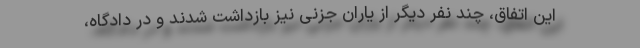
این اتفاق، چند نفر دیگر از یاران جزنی نیز بازداشت شدند و در دادگاه،